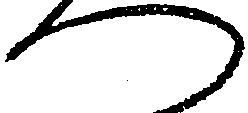
つ